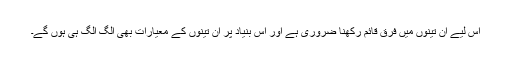
اس لیے ان تینوں میں فرق قائم رکھنا ضروری ہے اور اس بنیاد پر ان تینوں کے معیارات بھی الگ الگ ہی ہوں گے۔